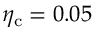
\eta _ { \mathrm { c } } = 0 . 0 5